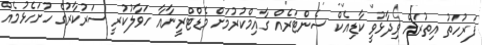
ފަރުހަތު އިތުރަށް ވިދާޅުވީ ކާޑިއެކް ސެންޓަރެއް ގާއިމްކުރުމަށް މެޑްޓްރީނާއާ ހަވާލުކުރީ ސަރުކާރުގެ ހުށަހެޅުމެއް